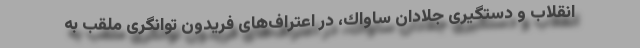
انقلاب و دستگیری جلادان ساواك، در اعتراف‌های فریدون توانگری ملقب به